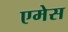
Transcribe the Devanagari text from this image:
एमेस